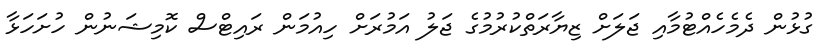
ގުޅުން ދެމެހެއްޓުމާއި ޖަލަށް ޒިޔާރަތްކުރުމުގެ ޖަލު އަމުރަށް ހިއުމަން ރައިޓްސް ކޮމިޝަނުން ހުށަހަޅާ